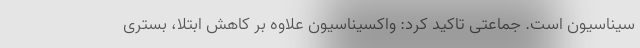
سیناسیون است. جماعتی تاکید کرد: واکسیناسیون علاوه بر کاهش ابتلا، بستری